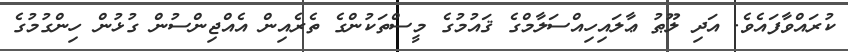
ކުރައްވާފައެވެ. އަދި ލޫޠު ޢާލައިހިއްސަލާމްގެ ޤައުމުގެ މީސްތަކުންގެ ތެރެއިން އެއްޖިންސުން ގުޅުން ހިންގުމުގެ